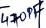
Text: 470PF